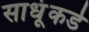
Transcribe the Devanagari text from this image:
साधूंकडे